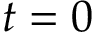
t = 0